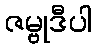
ဇမ္ဗုဒီပါ